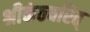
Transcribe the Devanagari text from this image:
श्रीकंठचरित्‌